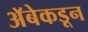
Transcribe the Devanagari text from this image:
अॅबेकडून